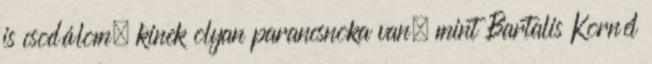
is csodálom, kinek olyan parancsnoka van, mint Bartalis Kornél